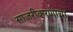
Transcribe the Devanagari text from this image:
साजरीकरणाचा